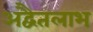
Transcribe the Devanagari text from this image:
अद्वैतलाभ